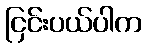
ငြင်းပယ်ပါက